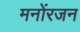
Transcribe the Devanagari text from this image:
मनोंरजन